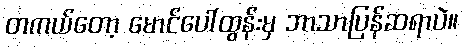
တကယ်တော့ မောင်ပေါ်ထွန်းမှ ဘာသာပြန်ဆရာပဲ။